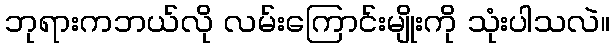
ဘုရားကဘယ်လို လမ်းကြောင်းမျိုးကို သုံးပါသလဲ။